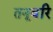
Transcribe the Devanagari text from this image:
तनूवरि